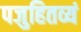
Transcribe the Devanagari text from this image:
पजुहितव्यं